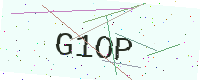
Text: G1OP